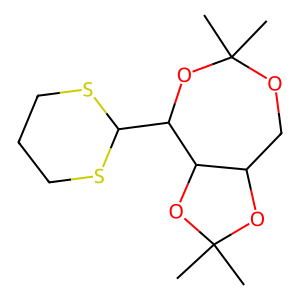
SMILES: CC1(C)OC2COC(C)(C)OC(C3SCCCS3)C2O1
Inhibits HIV replication: No